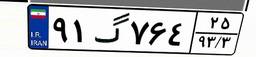
۹۱گ۷۶۴۲۵